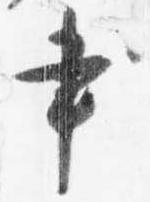
書